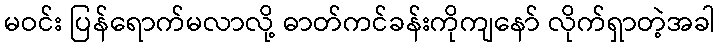
မဝင်း ပြန်ရောက်မလာလို့ ဓာတ်ကင်ခန်းကိုကျနော် လိုက်ရှာတဲ့အခါ